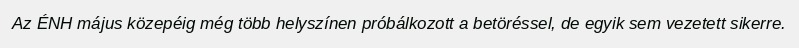
Az ÉNH május közepéig még több helyszínen próbálkozott a betöréssel, de egyik sem vezetett sikerre.